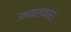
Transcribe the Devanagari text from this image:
उभयालंकार।